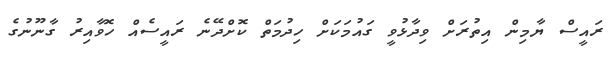
ރައީސް ޔާމިން އިތުރަށް ވިދާޅުވީ ގައުމަކަށް ހިދުމަތް ކޮށްދޭނެ ރައީސެއް ހޮވާއިރު ގާނޫނުގެ